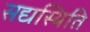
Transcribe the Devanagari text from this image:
सद्यस्थिति